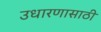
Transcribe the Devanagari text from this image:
उधारणासाठी